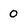
Character: O